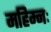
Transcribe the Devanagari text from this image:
महिम्नः